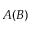
A ( B )